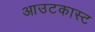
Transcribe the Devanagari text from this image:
आउटकास्ट